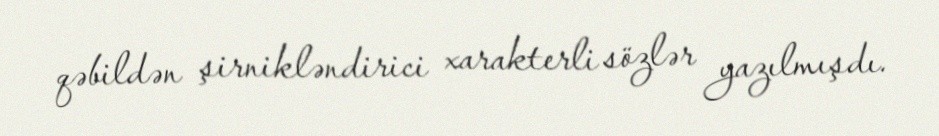
qəbildən şirnikləndirici xarakterli sözlər yazılmışdı.